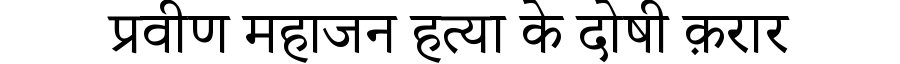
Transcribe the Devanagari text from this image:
प्रवीण महाजन हत्या के दोषी क़रार